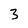
Character: 3